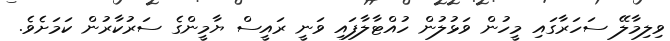
ވިލިމާލޭ ސަހަރާގައި މީހުން ވަޅުލުން ހުއްޓާލާފައި ވަނީ ރައީސް ޔާމީންގެ ސަރުކާރުން ކަމަށެވެ.